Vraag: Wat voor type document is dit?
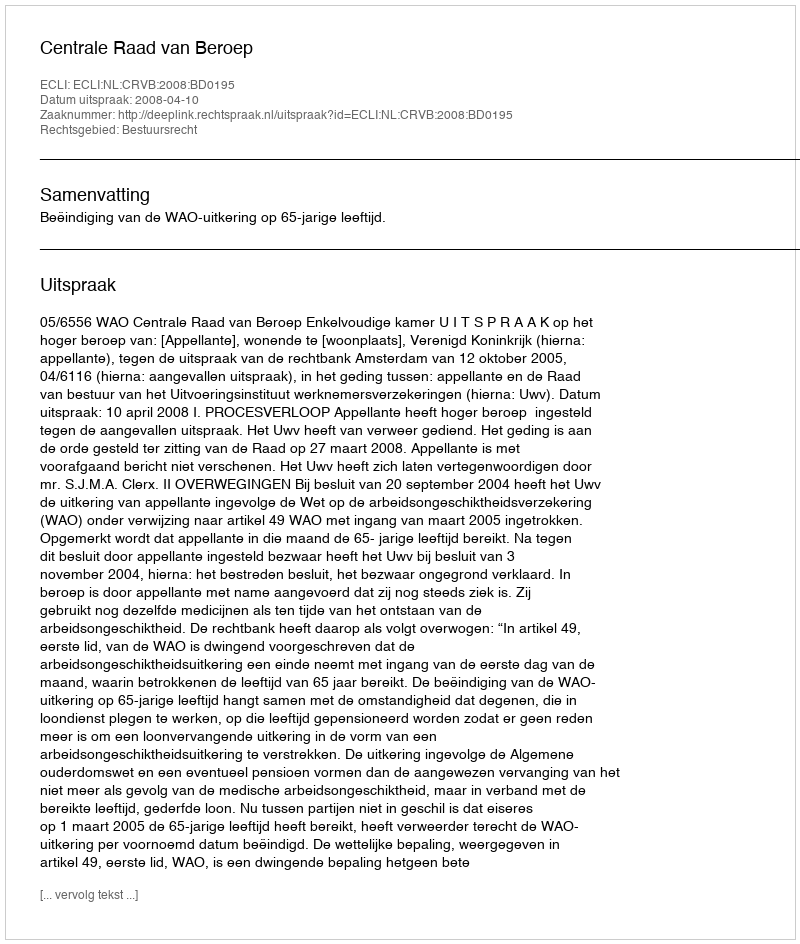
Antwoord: Uitspraak